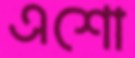
এশো